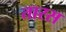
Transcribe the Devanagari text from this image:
तारस